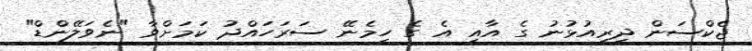
ޖެކްސަން ދިރިއުޅުނު ގެ އާއި އެ ގެ ހިމެނޭ ސަރަހައްދު ކަމަށްވާ "ނެވަލޭންޑް"